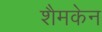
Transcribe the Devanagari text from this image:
शैमकेन